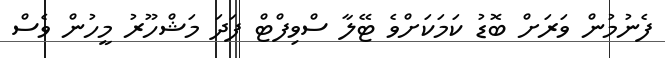
ފެނުމުން ވަރަށް ބޮޑު ކަމަކަށްވެ ޓޭލާ ސްވިފްޓް ފަދަ މަޝްހޫރު މީހުން ވެސް